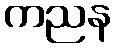
ကညန